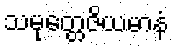
သမုတ္တေဇိယမာနံ